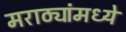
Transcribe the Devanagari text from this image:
मराठ्यांमध्ये